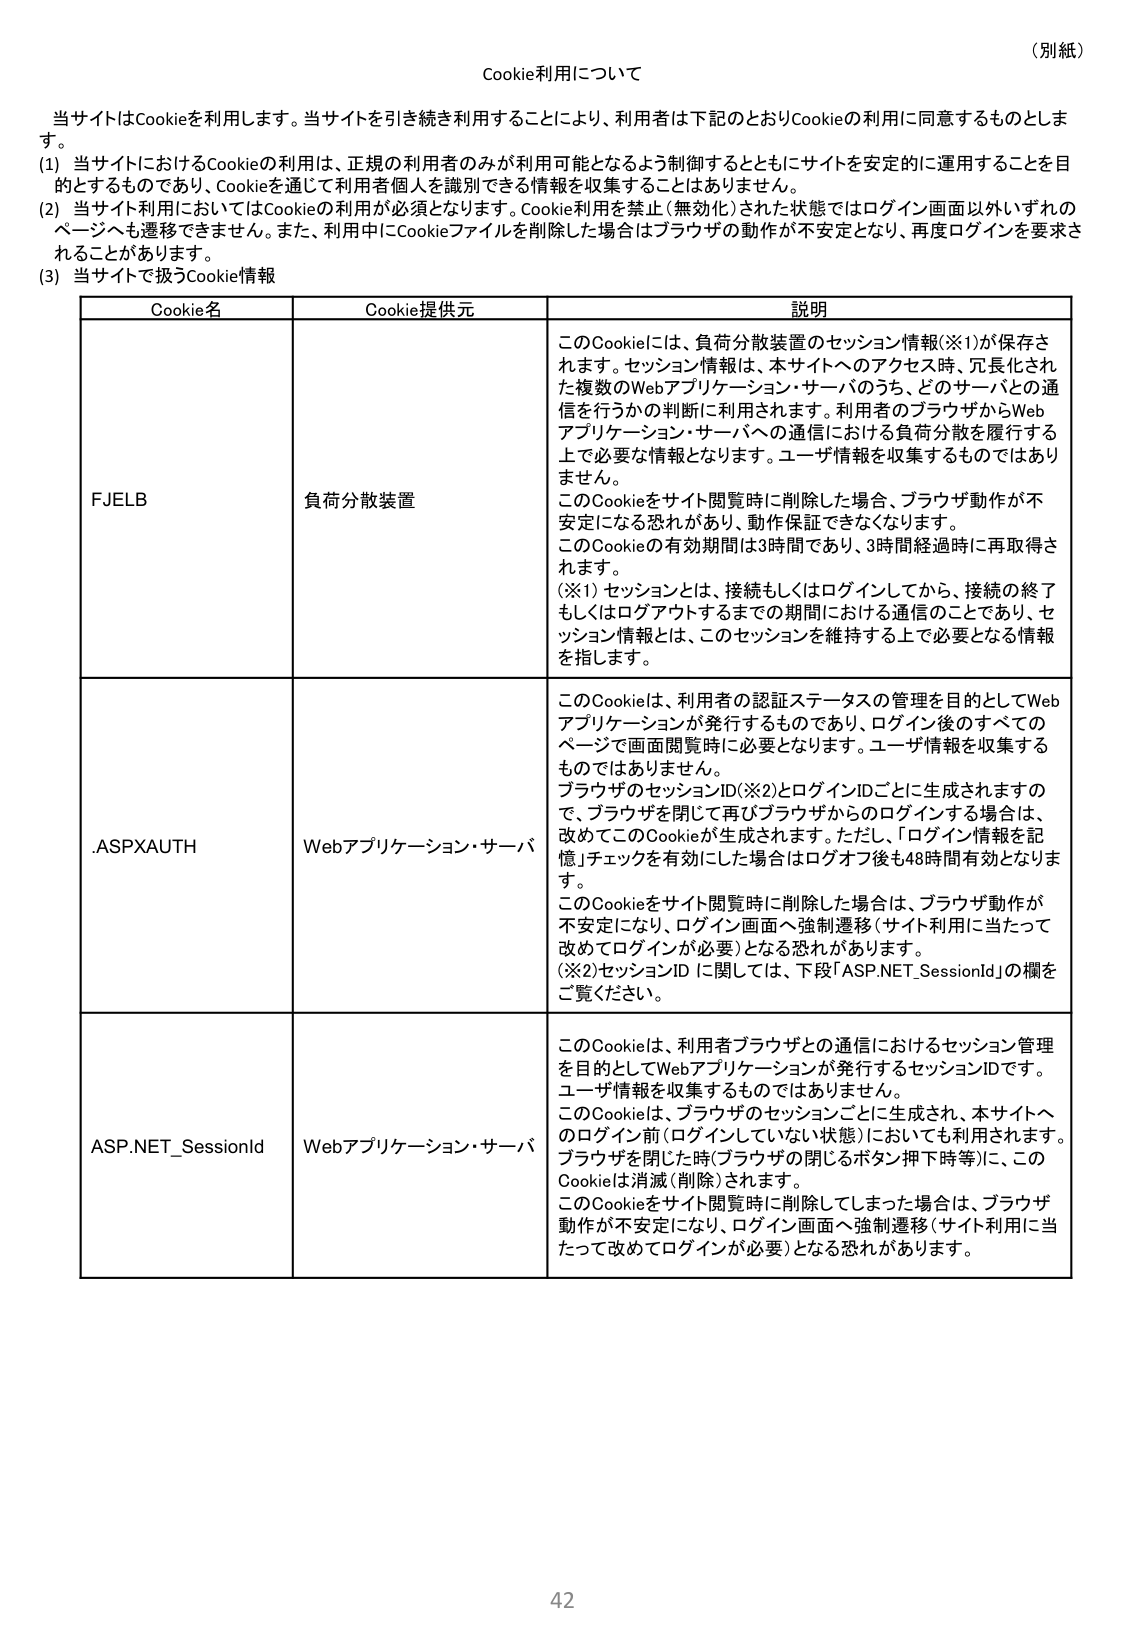
（別紙）
Cookie利用について

当サイトはCookieを利用します。当サイトを引き続き利用することにより、利用者は下記のとおりCookieの利用に同意するものとします。
(1) 当サイトにおけるCookieの利用は、正規の利用者のみが利用可能となるよう制御するとともにサイトを安定的に運用することを目的とするものであり、Cookieを通じて利用者個人を識別できる情報を収集することはありません。
(2) 当サイト利用においてはCookieの利用が必須となります。Cookie利用を禁止（無効化）された状態ではログイン画面以外いずれのページへも遷移できません。また、利用中にCookieファイルを削除した場合はブラウザの動作が不安定となり、再度ログインを要求されることがあります。
(3) 当サイトで扱うCookie情報

| Cookie名 | Cookie提供元 | 説明 |
|----------|--------------|------|
| FJELB | 負荷分散装置 | このCookieには、負荷分散装置のセッション情報(※1)が保存されます。セッション情報は、本サイトへのアクセス時、冗長化された複数のWebアプリケーション・サーバのうち、どのサーバとの通信を行うかの判断に利用されます。利用者のブラウザからWebアプリケーション・サーバへの通信における負荷分散を履行する上で必要な情報となります。ユーザ情報を収集するものではありません。このCookieをサイト閲覧時に削除した場合、ブラウザ動作が不安定になる恐れがあり、動作保証できなくなります。このCookieの有効期間は3時間であり、3時間経過時に再取得されます。(※1) セッションとは、接続もしくはログインしてから、接続の終了もしくはログアウトするまでの期間における通信のことであり、セッション情報とは、このセッションを維持する上で必要となる情報を指します。 |
|.ASPXAUTH | Webアプリケーション・サーバ | このCookieは、利用者の認証ステータスの管理を目的としてWebアプリケーションが発行するものであり、ログイン後のすべてのページで画面閲覧時に必要となります。ユーザ情報を収集するものではありません。ブラウザのセッションID(※2)とログインIDごとに生成されますので、ブラウザを閉じて再びブラウザからのログインする場合は、改めてこのCookieが生成されます。ただし、「ログイン情報を記憶」チェックを有効にした場合はログオフ後も48時間有効となります。このCookieをサイト閲覧時に削除した場合は、ブラウザ動作が不安定になり、ログイン画面へ強制遷移（サイト利用に当たって改めてログインが必要）となる恐れがあります。(※2) セッションIDに関しては、下段「ASP.NET_SessionId」の欄をご覧ください。 |
| ASP.NET_SessionId | Webアプリケーション・サーバ | このCookieは、利用者ブラウザとの通信におけるセッション管理を目的としてWebアプリケーションが発行するセッションIDです。ユーザ情報を収集するものではありません。このCookieは、ブラウザのセッションごとに生成され、本サイトへのログイン前（ログインしていない状態）においても利用されます。ブラウザを閉じた時（ブラウザの閉じるボタン押下時等）に、このCookieは消滅（削除）されます。このCookieをサイト閲覧時に削除してしまった場合は、ブラウザ動作が不安定になり、ログイン画面へ強制遷移（サイト利用に当たって改めてログインが必要）となる恐れがあります。 |

42